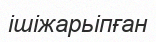
ішіжарьіпған